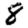
Digit: 8